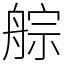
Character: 䑸